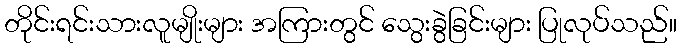
တိုင်းရင်းသားလူမျိုးများ အကြားတွင် သွေးခွဲခြင်းများ ပြုလုပ်သည်။